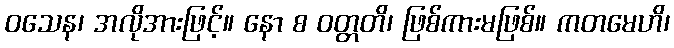
ဝသေန၊ အလိုအားဖြင့်။ နော စ ဝတ္တတိ၊ ဖြစ်ကားမဖြစ်။ ကတမေဟိ၊